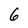
Character: 6